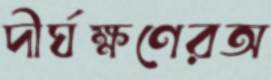
দীর্ঘক্ষণেরঅ